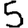
Digit: 5